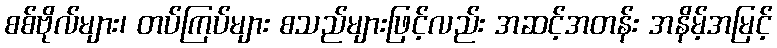
စစ်ဗိုလ်များ၊ တပ်ကြပ်များ စသည်များဖြင့်လည်း အဆင့်အတန်း အနိမ့်အမြင့်